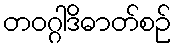
တဝဂ္ဂါဒိဓာတ်စဉ်